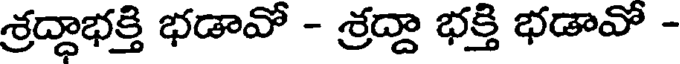
శ్రద్ధాభక్తి భడావో - శ్రద్దా భక్తి భడావో -